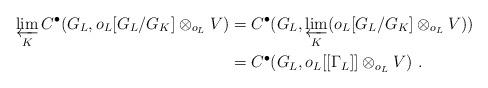
LaTeX: \begin{align*} \varprojlim_K C^\bullet(G_{L}, o_L[G_{L}/G_K] \otimes_{o_L} V) & = C^\bullet_{}(G_{L}, \varprojlim_K (o_L[G_{L}/G_K] \otimes_{o_L} V)) \\ & = C^\bullet_{}(G_{L}, o_L[[\Gamma_L]] \otimes_{o_L} V) \ .\end{align*}